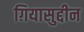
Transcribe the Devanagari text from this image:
ग़ियासुद्दीन